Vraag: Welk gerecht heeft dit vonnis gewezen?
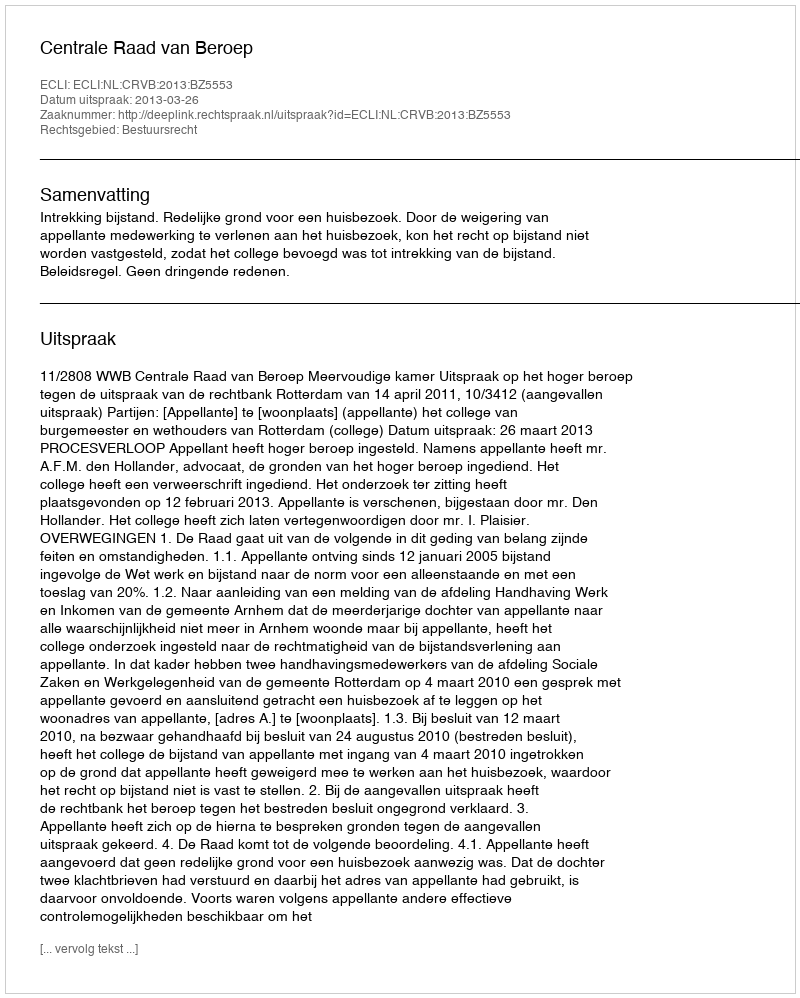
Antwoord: Centrale Raad van Beroep